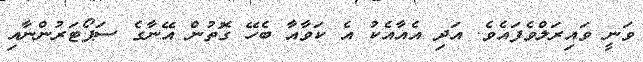
ވަނީ ވައިރަލްވެފައެވެ. އަދި އެއާއެކު އެ ކަވާއާ ބެހޭ ގޮތުން އޭނާގެ ސަޕޯޓަރުންނާއި